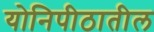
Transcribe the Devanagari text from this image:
योनिपीठातील